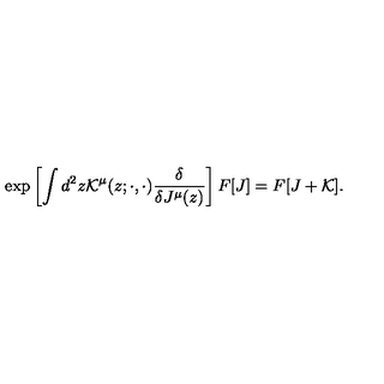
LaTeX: \exp \left[ \int d ^ { 2 } z { \cal K } ^ { \mu } ( z ; \cdot , \cdot ) \frac { \delta } { \delta J ^ { \mu } ( z ) } \right] F [ J ] = F [ J + { \cal K } ] .